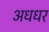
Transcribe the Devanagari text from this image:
अधधर